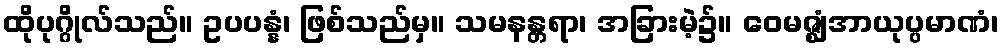
ထိုပုဂ္ဂိုလ်သည်။ ဥပပန္နံ၊ ဖြစ်သည်မှ။ သမနန္တရာ၊ အခြားမဲ့၌။ ဝေမဇ္ဈံအာယုပ္ပမာဏံ၊